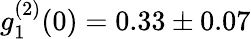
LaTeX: g_{1}^{(2)}(0)=0.33\pm 0.07